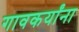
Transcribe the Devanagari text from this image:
गावकर्यांना